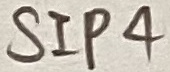
Text: SIP4